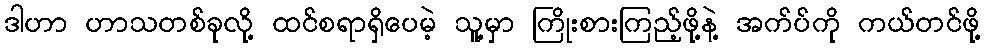
ဒါဟာ ဟာသတစ်ခုလို့ ထင်စရာရှိပေမဲ့ သူ့မှာ ကြိုးစားကြည့်ဖို့နဲ့ အက်ပ်ကို ကယ်တင်ဖို့